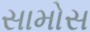
સામોસ